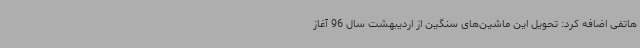
هاتفی اضافه کرد: تحویل این ماشین‌های سنگین از اردیبهشت سال 96 آغاز